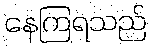
နေကြရသည်